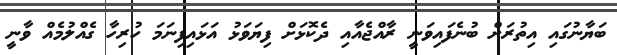
ބަޔާނުގައި އިތުރަށް ބުނެފައިވަނީ ރާއްޖެއާއި ދެކޮޅަށް ފިޔަވަޅު އަޅައިފިނަމަ ހުރިހާ ގެއްލުމެއް ވާނީ